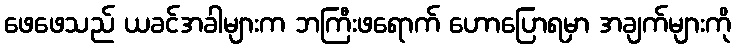
ဖေဖေသည် ယခင်အခါများက ဘကြီးဖရောက် ဟောပြောရမှာ အချက်များကို